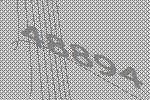
48894